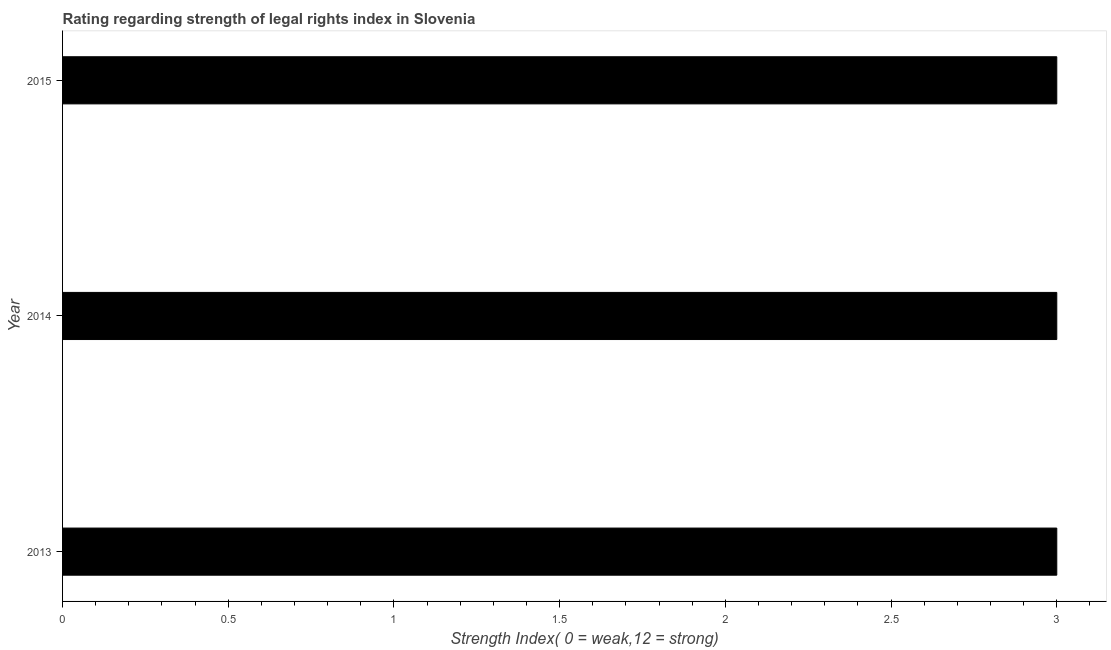
| Year | Strength of legal rights index |
 | --- | --- |
 | 2013 | 3 |
 | 2014 | 3 |
 | 2015 | 3 |